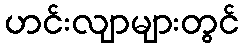
ဟင်းလျာများတွင်